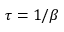
\tau = 1 / \beta